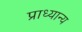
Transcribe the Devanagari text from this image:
प्राध्यान्य